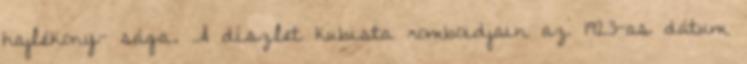
hajlékony- sága. A díszlet kubista romboidjain az 1923-as dátum